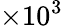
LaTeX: \times 10^{3}